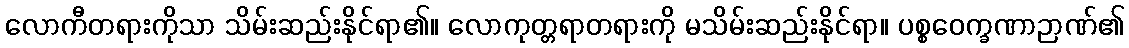
လောကီတရားကိုသာ သိမ်းဆည်းနိုင်ရာ၏။ လောကုတ္တရာတရားကို မသိမ်းဆည်းနိုင်ရာ။ ပစ္စဝေက္ခဏာဉာဏ်၏